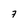
Character: 7